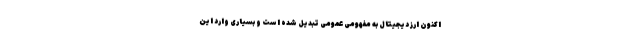
اکنون ارز دیجیتال به مفهومی عمومی تبدیل شده است و بسیاری وارد این